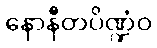
နောနီတပိဏ္ဍံဝ